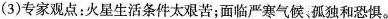
(3)专家观点：火星生活条件太艰苦；面临严寒气候、孤独和恐惧。